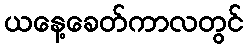
ယနေ့ခေတ်ကာလတွင်